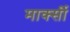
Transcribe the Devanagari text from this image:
मार्क्सी